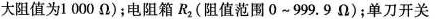
大阻值为1 000 Ω)；电阻箱R_{2}(阻值范围0~999.9Ω)；单刀开关